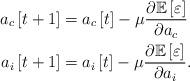
LaTeX: \begin{align*} a_c\left[t+1\right]&=a_c\left[t\right]-\mu\frac{\partial\mathbb{E}\left[\varepsilon\right]}{\partial a_c}\\ a_i\left[t+1\right]&=a_i\left[t\right]-\mu\frac{\partial\mathbb{E}\left[\varepsilon\right]}{\partial a_i}. \end{align*}